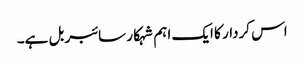
اس کردار کا ایک اہم شہکار سائبر بل ہے۔